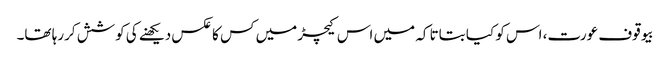
بیوقوف عورت، اس کو کیا بتاتا کہ میں اس کیچڑ میں کس کا عکس دیکھنے کی کوشش کررہا تھا۔